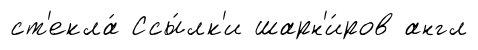
ст'екла́ Ссы́лк'и шарн'и́ров англ